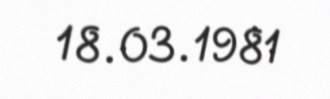
18.03.1981